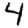
Digit: 4